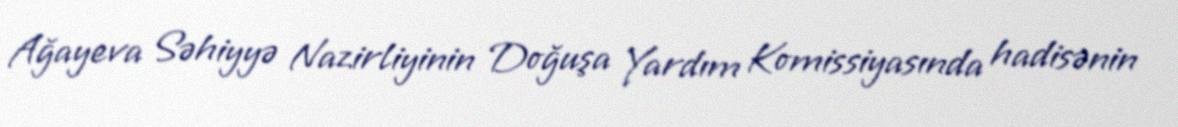
Ağayeva Səhiyyə Nazirliyinin Doğuşa Yardım Komissiyasında hadisənin